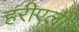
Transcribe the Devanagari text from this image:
हरीएली